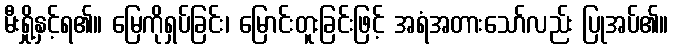
မီးရှို့နှင့်ရ၏။ မြေကိုရှပ်ခြင်း၊ မြောင်းတူးခြင်းဖြင့် အရံအတားသော်လည်း ပြုအပ်၏။